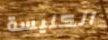
الكنيسة